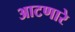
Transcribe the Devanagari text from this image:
आटणारे